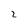
Character: 2